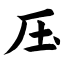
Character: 压